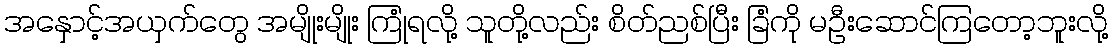
အနှောင့်အယှက်တွေ အမျိုးမျိုး ကြုံရလို့ သူတို့လည်း စိတ်ညစ်ပြီး ခြံကို မဦးဆောင်ကြတော့ဘူးလို့